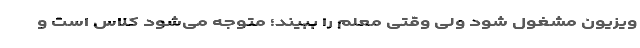
ویزیون مشغول شود ولی وقتی معلم را ببیند؛ متوجه می‌شود کلاس است و